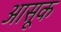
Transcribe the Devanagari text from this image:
आसूक